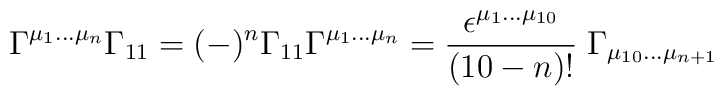
\Gamma^{\mu_1...\mu_n} \Gamma_{11} =(-)^n  \Gamma_{11} \Gamma^{\mu_1...\mu_n} =  { \epsilon^{\mu_1...\mu_{10}}  \over (10-n)!} \; \Gamma_{\mu_{10}...\mu_{n+1}}